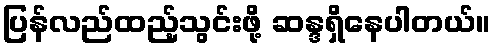
ပြန်လည်ထည့်သွင်းဖို့ ဆန္ဒရှိနေပါတယ်။